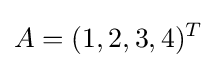
A=(1,2,3,4)^{T}